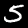
Label: 5